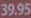
39.95